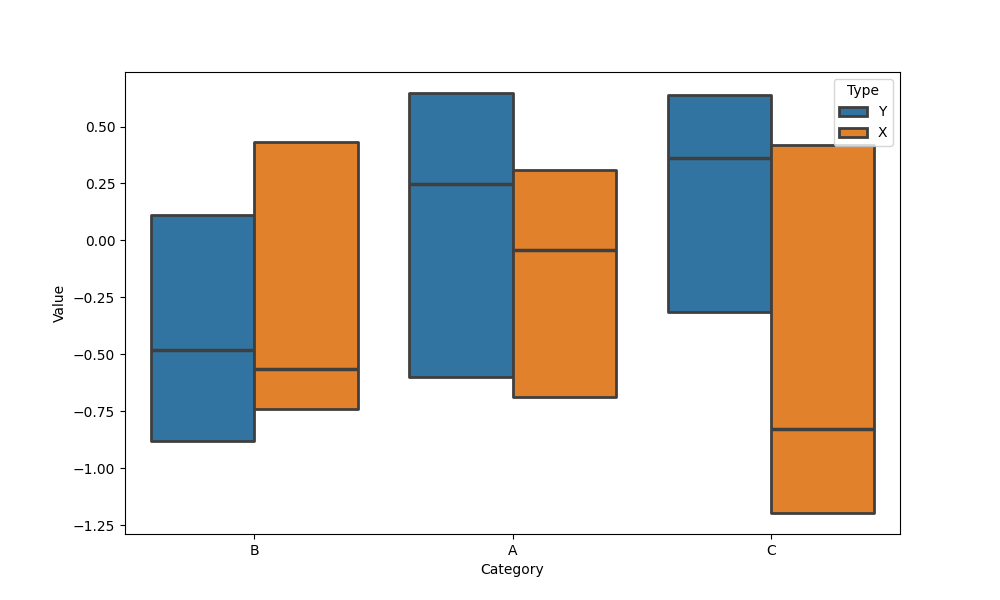
python, seaborn, boxenplot, k_depth='tukey', linewidth=2, scale='linear', outlier_prop=0.2, showfliers=False